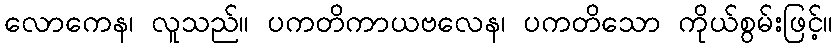
လောကေန၊ လူသည်။ ပကတိကာယဗလေန၊ ပကတိသော ကိုယ်စွမ်းဖြင့်။